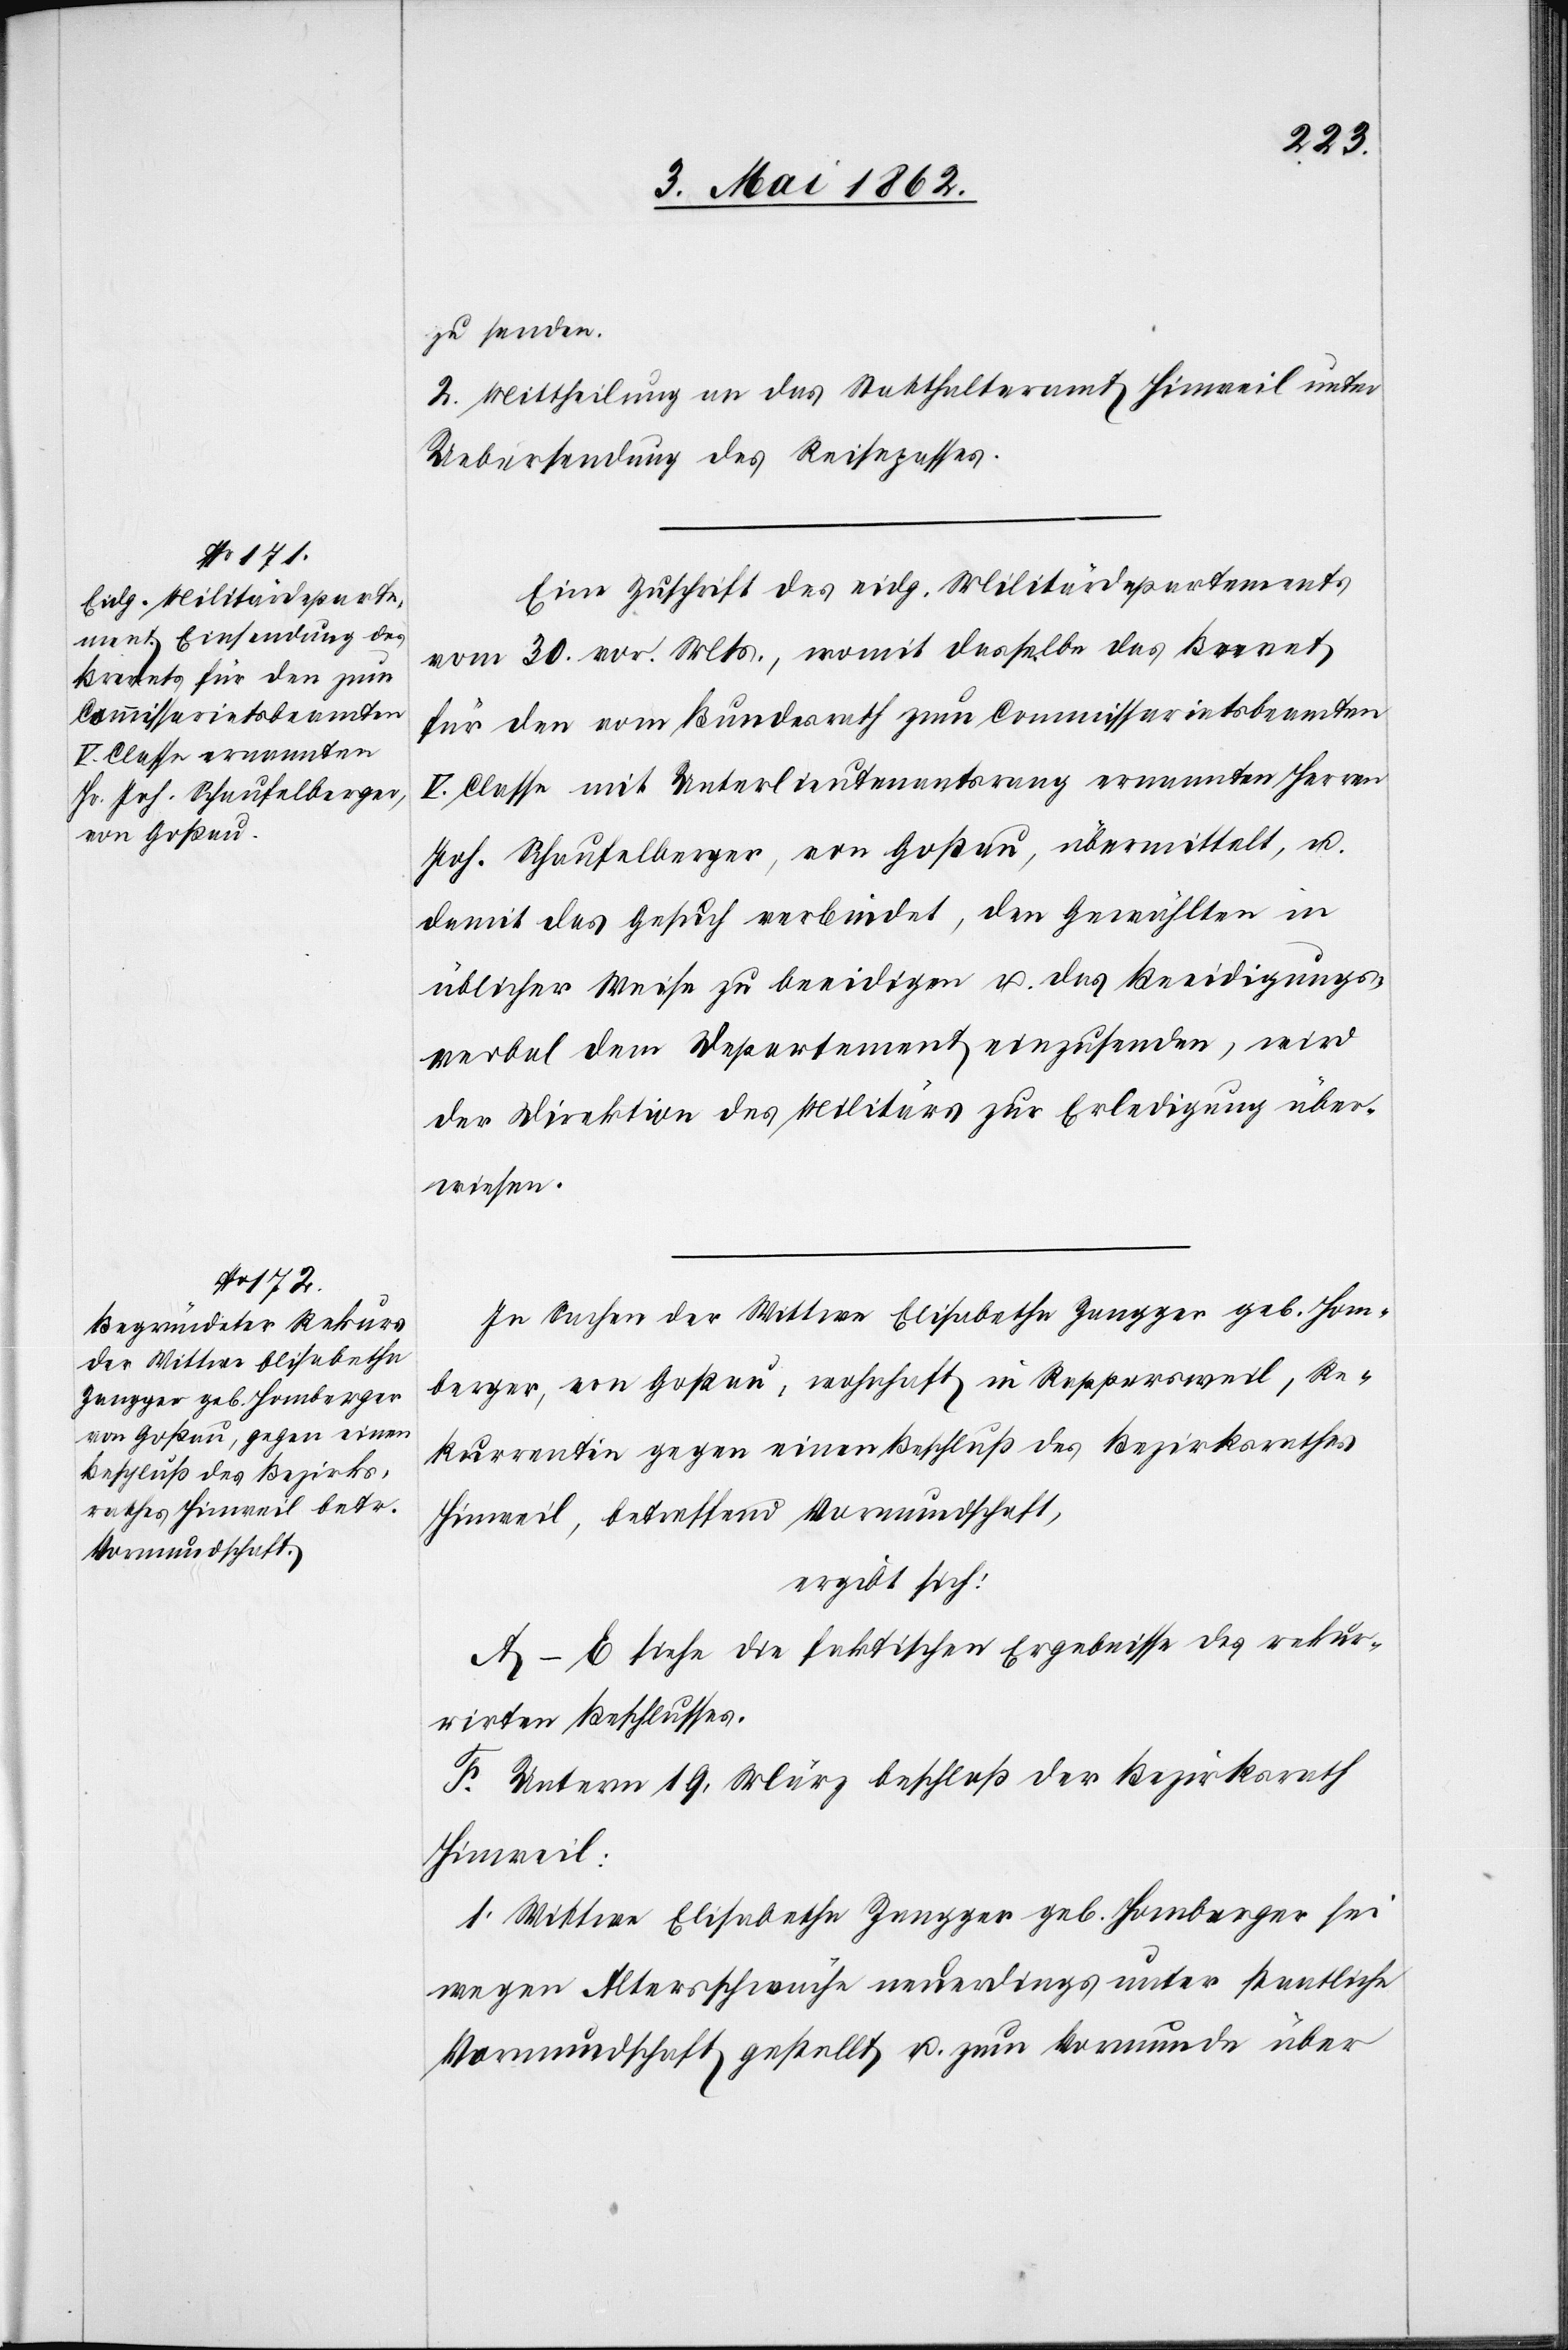
zu senden.
2. Mittheilung an das Statthalteramt Hinweil unter
Ueberweisung des Reisepasses.
Eine Zuschrift des eidg. Militärdepartements
vom 30. vor. Mts., womit dasselbe das Brevet
für den vom Bundesrath zum Commissariatsbeamten
V. Classe mit Unterlieutenantsrang ernannten Herren
Joh. Schaufelberger, von Goßau, übermittelt, u.
damit das Gesuch verbindet, den Gewählten in
üblicher Weise zu beeidigen u. das Beeidigungs¬
verbal dem Departement einzusenden, wird
der Direktion des Militärs zur Erledigung über¬
wiesen.
In Sachen der Wittwe Elisabetha Zangger geb. Hom¬
berger, von Goßau, wohnhaft in Rappersweil, Re¬
kurrentin gegen einen Beschluß des Bezirksrathes
Hinweil, betreffend Vormundschaft,
ergibt sich:
A–E siehe die faktischen Ergebnisse des rekur¬
rirten Beschlusses.
F. Unterm 19. März beschloß der Bezirksrath
Hinweil:
1. Wittwe Elisabetha Zangger geb. Homberger sei
wegen Altersschwäche neuerdings unter staatliche
Vormundschaft gestellt u. zum Vormunde über